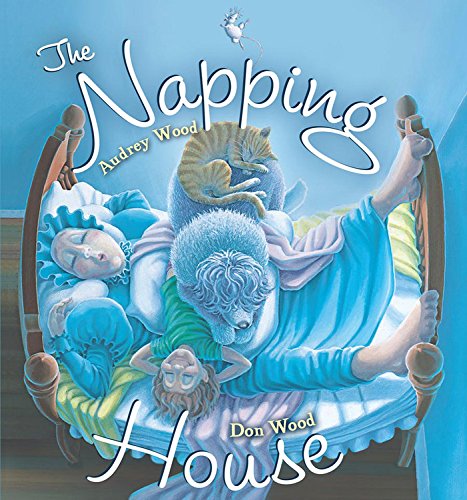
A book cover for The Napping House; Audrey Wood; Children's Books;